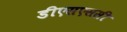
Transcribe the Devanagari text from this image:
डीएसएससी